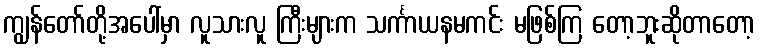
ကျွန်တော်တို့အပေါ်မှာ လူသားလူ ကြီးများက သင်္ကာယနမကင်း မဖြစ်ကြ တော့ဘူးဆိုတာတော့